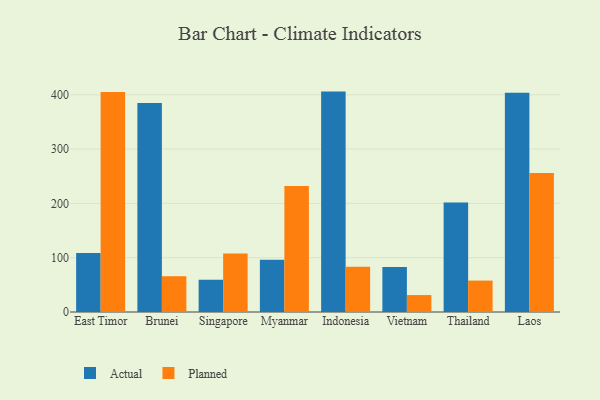
{"axis": {"x": "Country", "y": "Active Users"}, "legend": ["Actual", "Planned"], "data": [{"x": "East Timor", "y": 108.6, "type": "Actual"}, {"x": "East Timor", "y": 405.3, "type": "Planned"}, {"x": "Brunei", "y": 385.1, "type": "Actual"}, {"x": "Brunei", "y": 65.9, "type": "Planned"}, {"x": "Singapore", "y": 59.4, "type": "Actual"}, {"x": "Singapore", "y": 107.6, "type": "Planned"}, {"x": "Myanmar", "y": 96.2, "type": "Actual"}, {"x": "Myanmar", "y": 232.1, "type": "Planned"}, {"x": "Indonesia", "y": 405.9, "type": "Actual"}, {"x": "Indonesia", "y": 83.5, "type": "Planned"}, {"x": "Vietnam", "y": 82.7, "type": "Actual"}, {"x": "Vietnam", "y": 31.2, "type": "Planned"}, {"x": "Thailand", "y": 201.7, "type": "Actual"}, {"x": "Thailand", "y": 57.9, "type": "Planned"}, {"x": "Laos", "y": 404.0, "type": "Actual"}, {"x": "Laos", "y": 255.8, "type": "Planned"}]}